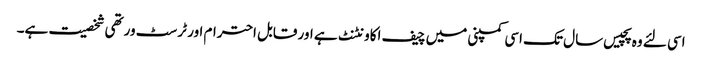
اسی لئے وہ پچیس سال تک اسی کمپنی میں چیف اکاونٹنٹ ہے اور قابل احترام اور ٹرسٹ ورتھی شخصیت ہے۔